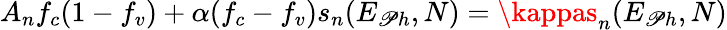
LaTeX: A_{n}f_{c}(1-f_{v})+\alpha(f_{c}-f_{v})s_{n}(E_{\mathscr{P}h},N)=\kappas_{n}(E_{\mathscr{P}h},N)